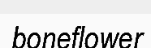
boneflower